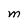
Character: M